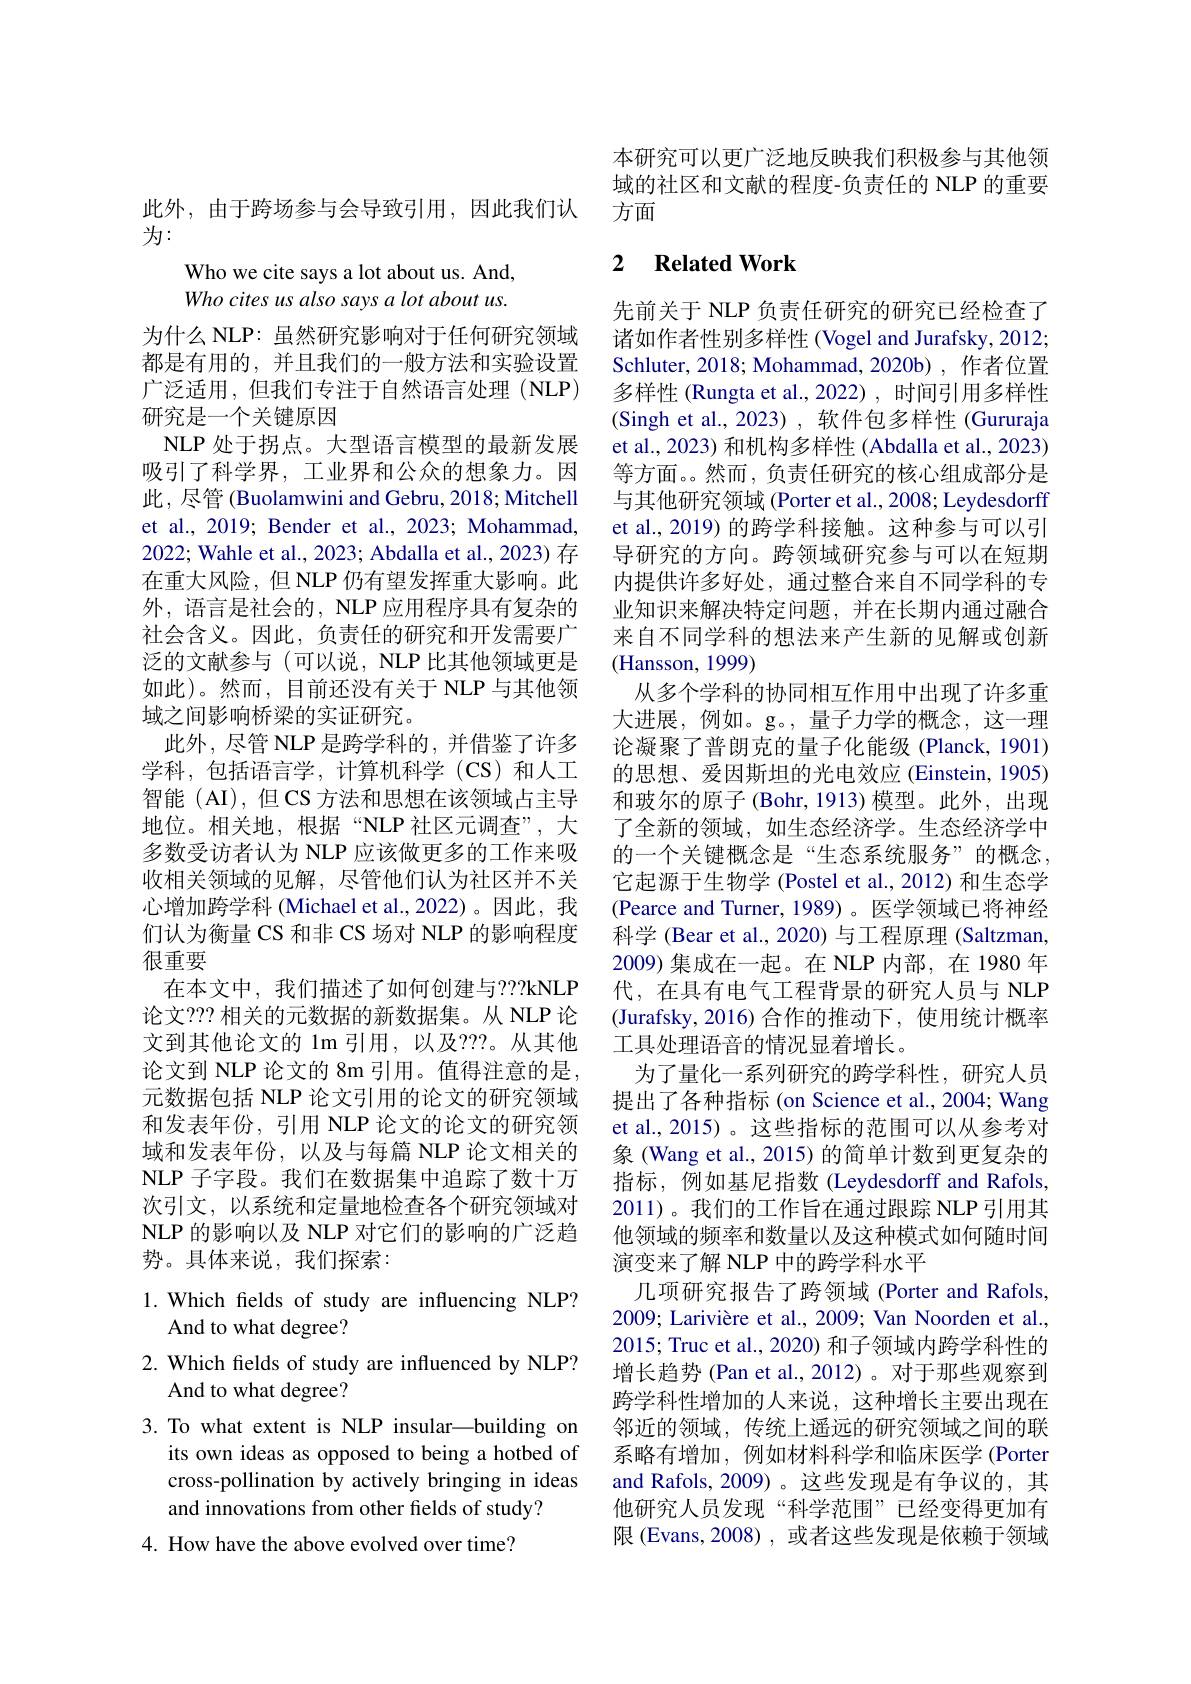
此外，由于跨场参与会导致引用，因此我们认
为：

Who we cite says a lot about us. And, Who cites us also says a lot about us.

为什么 NLP: 虽然研究影响对于任何研究领域都是有用的，并且我们的一般方法和实验设置广泛适用，但我们专注于自然语言处理(NLP) 研究是一个关键原因
NLP 处于拐点。大型语言模型的最新发展吸引了科学界，工业界和公众的想象力。因此，尽管 (Buolamwini and Gebru, 2018; Mitchell et al., 2019; Bender et al., 2023; Mohammad, 2022; Wahle et al., 2023; Abdalla et al., 2023) 存在重大风险，但 NLP 仍有望发挥重大影响。此外，语言是社会的，NLP 应用程序具有复杂的社会含义。因此，负责任的研究和开发需要广泛的文献参与 (可以说，NLP 比其他领域更是如此)。然而，目前还没有关于 NLP 与其他领域之间影响桥梁的实证研究。
此外，尽管 NLP 是跨学科的，并借鉴了许多学科，包括语言学，计算机科学(CS)和人工智能 (AI),但CS 方法和思想在该领域占主导地位。相关地，根据“NLP 社区元调查”,大多数受访者认为 NLP 应该做更多的工作来吸收相关领域的见解，尽管他们认为社区并不关心增加跨学科 (Michael et al.,2022)。因此，我们认为衡量 CS 和非 CS 场对 NLP 的影响程度很重要
在本文中，我们描述了如何创建与？??kNLP 论文？?? 相关的元数据的新数据集。从 NLP 论文到其他论文的 1m 引用，以及？??。从其他论文到 NLP 论文的 8m 引用。值得注意的是， 元数据包括 NLP 论文引用的论文的研究领域和发表年份，引用 NLP 论文的论文的研究领域和发表年份，以及与每篇 NLP 论文相关的NLP 子字段。我们在数据集中追踪了数十万次引文，以系统和定量地检查各个研究领域对NLP 的影响以及 NLP 对它们的影响的广泛趋势。具体来说，我们探索：
1.Which felds of study are influencing NLP?

And to what degree?

2. Which fields of study are influenced by NLP?

And to what degree?

3. To what extent is NLP insular—building on

its own ideas as opposed to being a hotbed of

cross-pollination by actively bringing in ideas

and innovations from other fields of study?

4. How have the above evolved over time?

本研究可以更广泛地反映我们积极参与其他领域的社区和文献的程度-负责任的 NLP 的重要方面

## 2 $\textbf{Related Work}$

先前关于 NLP 负责任研究的研究已经检查了诸如作者性别多样性 (Vogel and Jurafsky, 2012; Schluter, 2018; Mohammad, 2020b) , 作者位置多样性 (Rungta et al.,2022), 时间引用多样性(Singh et al., 2023) , 软件包多样性 (Gururaja et al., 2023) 和机构多样性 (Abdalla et al., 2023) 等方面。。然而，负责任研究的核心组成部分是与其他研究领域 (Porter et al., 2008; Leydesdorff et al., 2019) 的跨学科接触。这种参与可以引导研究的方向。跨领域研究参与可以在短期内提供许多好处，通过整合来自不同学科的专业知识来解决特定问题，并在长期内通过融合来自不同学科的想法来产生新的见解或创新(Hansson, 1999)
从多个学科的协同相互作用中出现了许多重大进展，例如。g。,量子力学的概念，这一理论凝聚了普朗克的量子化能级(Planck,1901) 的思想、爱因斯坦的光电效应 (Einstein, 1905) 和玻尔的原子(Bohr,1913)模型。此外，出现了全新的领域，如生态经济学。生态经济学中的一个关键概念是“生态系统服务”的概念， 它起源于生物学 (Postel et al., 2012) 和生态学(Pearce and Turner, 1989)。医学领域已将神经科学 (Bear et al., 2020) 与工程原理 (Saltzman, 2009)集成在一起。在 NLP 内部，在 1980 年代，在具有电气工程背景的研究人员与 NLP (Jurafsky,2016)合作的推动下，使用统计概率工具处理语音的情况显着增长。
为了量化一系列研究的跨学科性，研究人员提出了各种指标 (on Science et al., 2004; Wang et al., 2015) 。这些指标的范围可以从参考对象 (Wang et al., 2015) 的简单计数到更复杂的指标，例如基尼指数(Leydesdorff and Rafols, 2011)。我们的工作旨在通过跟踪 NLP 引用其他领域的频率和数量以及这种模式如何随时间演变来了解 NLP 中的跨学科水平
几项研究报告了跨领域 (Porter and Rafols, 2009; Larivière et al., 2009; Van Noorden et al., 2015; Truc et al., 2020) 和子领域内跨学科性的增长趋势 (Pan et al., 2012)。对于那些观察到跨学科性增加的人来说，这种增长主要出现在邻近的领域，传统上遥远的研究领域之间的联系略有增加，例如材料科学和临床医学 (Porter and Rafols, 2009)。这些发现是有争议的，其他研究人员发现“科学范围”已经变得更加有限 (Evans,2008),或者这些发现是依赖于领域